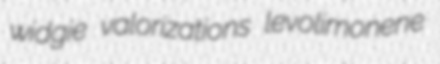
widgie valorizations levolimonene